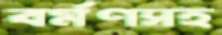
বর্মণসহ